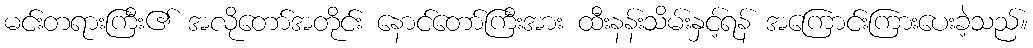
မင်းတရားကြီး၏ အလိုတော်အတိုင်း နောင်တော်ကြီးအား ထီးနန်းသိမ်းနှင့်ရန် အကြောင်းကြားပေးခဲ့သည်။